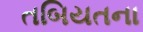
તબિયતના